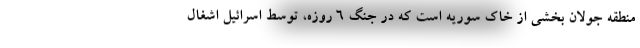
منطقه جولان بخشی از خاک سوریه است که در جنگ 6 روزه، توسط اسرائیل اشغال